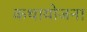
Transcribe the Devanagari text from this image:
कथायोजना